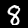
Digit: 8